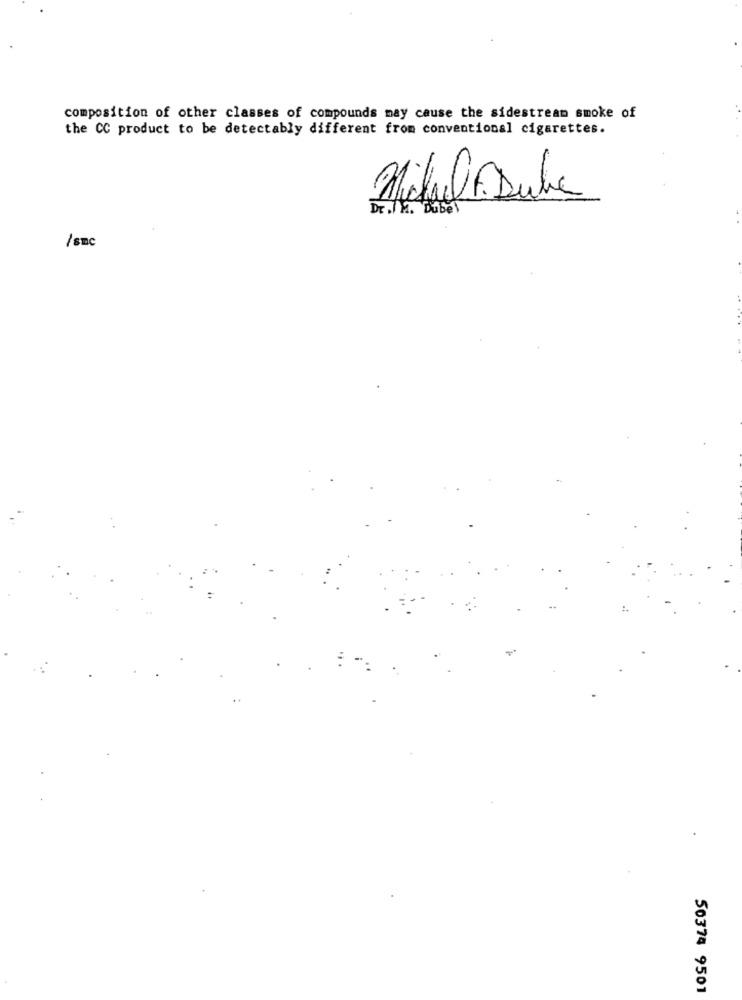
composition of other classes of compounds may cause the sidestream smoke of
the CC product to be detectably different from conventional cigarettes.
Michel. Dubna
Dr./ k2. Dubel
/smc
50374 9501